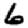
Digit: 6